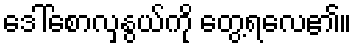
ဒေါ်စောလှနွယ်ကို တွေ့ရလေ၏။